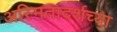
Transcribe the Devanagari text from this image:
अस्मितादर्शच्या